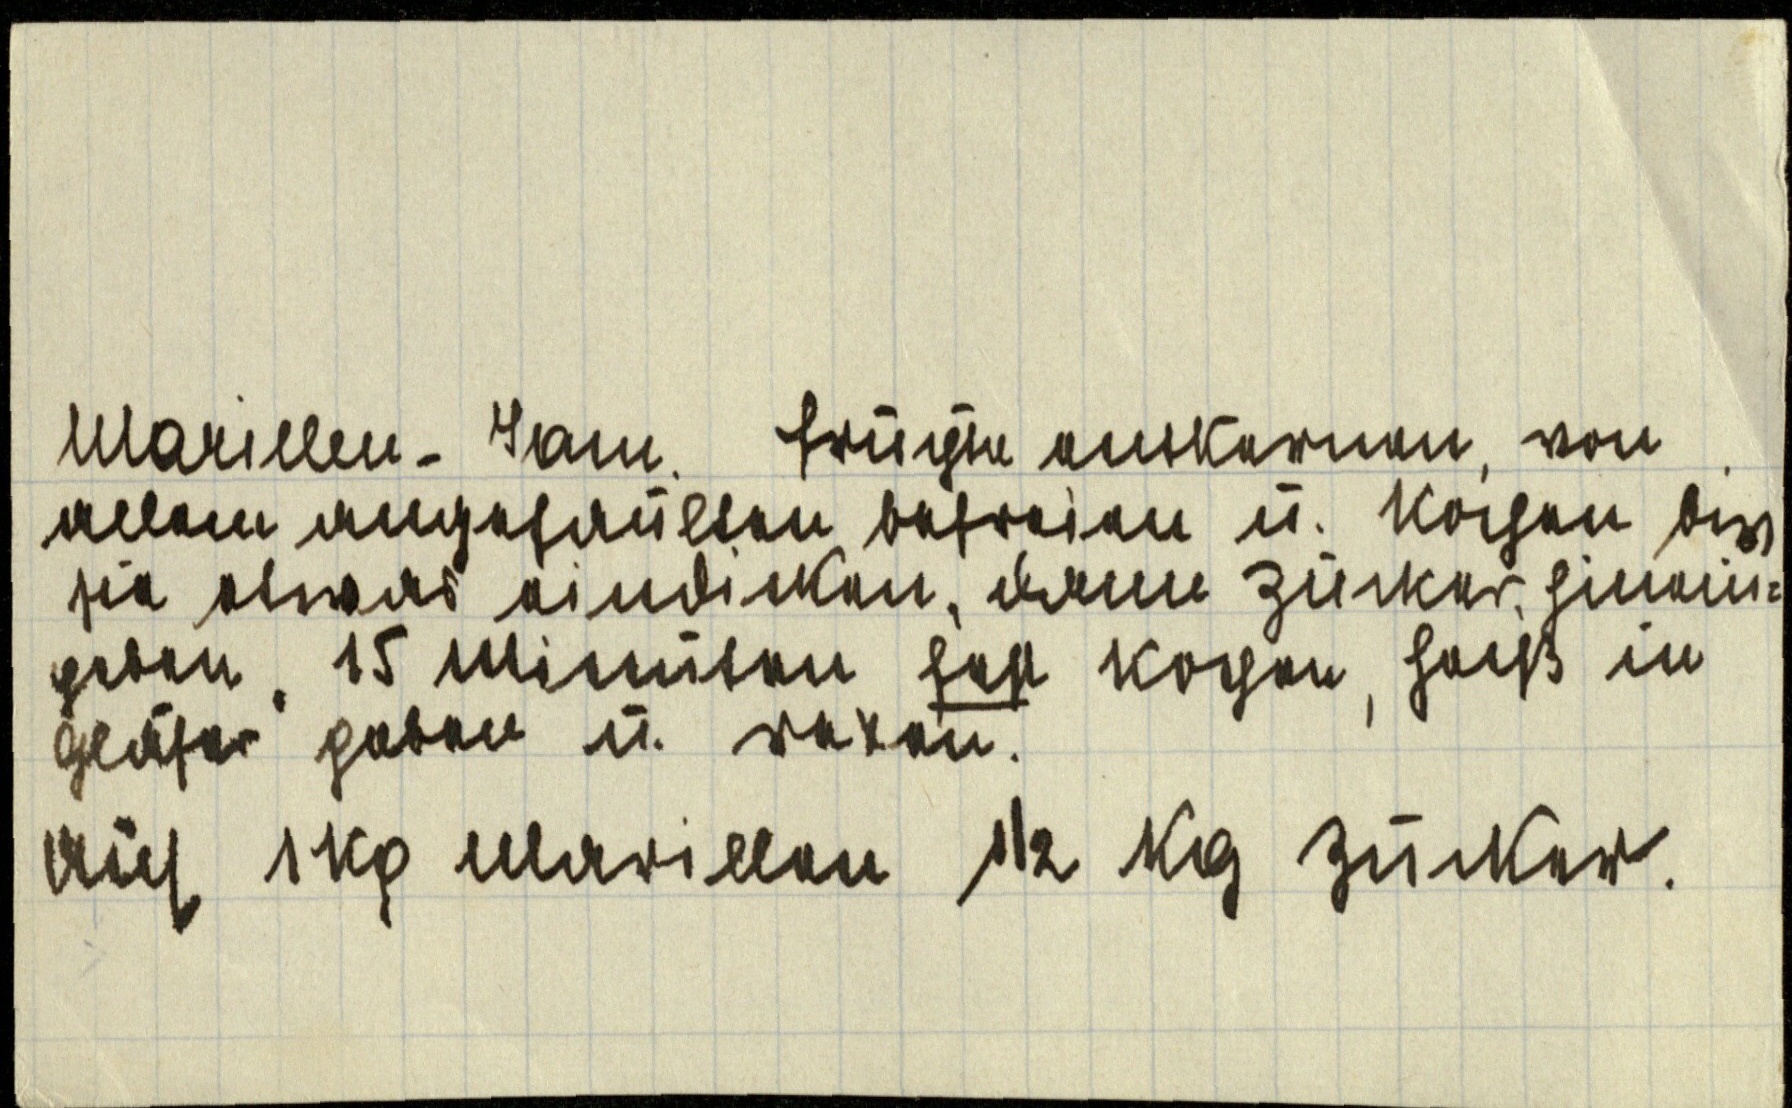
Marillen-Jam. Früchte entkernen, von
allem angefaulten befreien u. kochen bis
sie etwas eindicken, dann Zucker hinein¬
geben. 15 Minuten fest kochen, heiß in
Gläser geben u. rexen.
Auf 1 kg Marillen ½ kg Zucker.